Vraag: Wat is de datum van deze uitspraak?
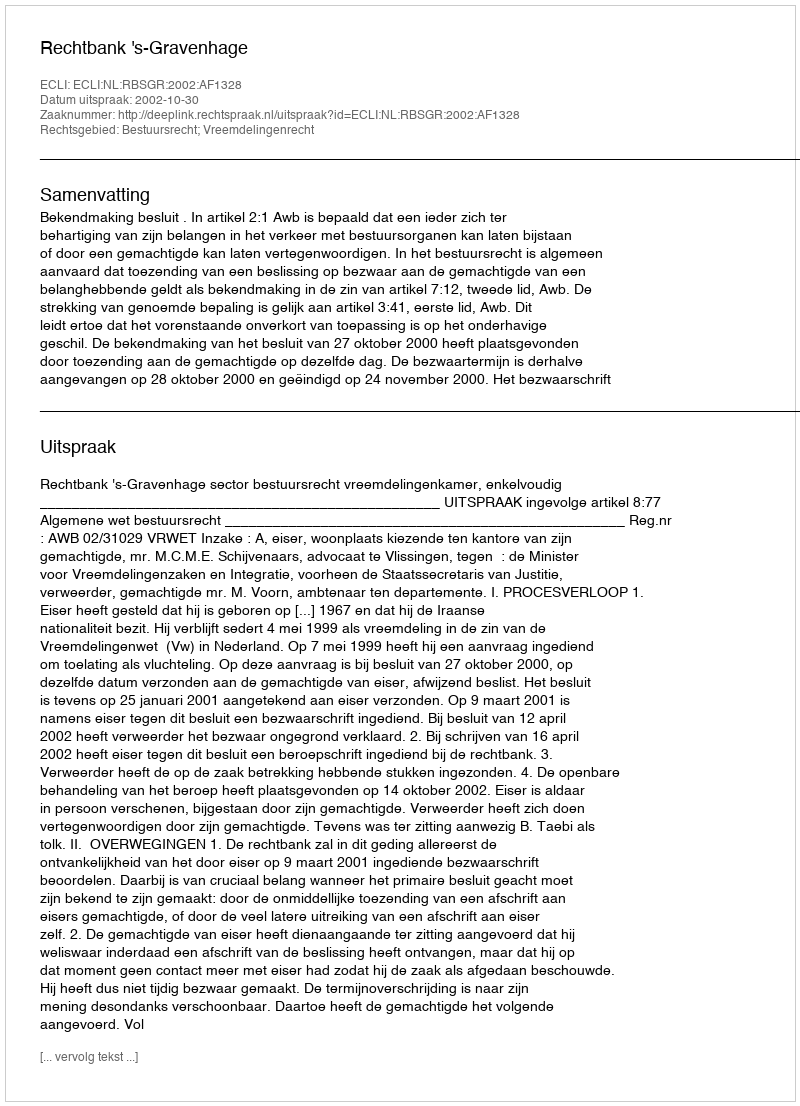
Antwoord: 2002-10-30